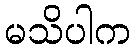
မသိပါက